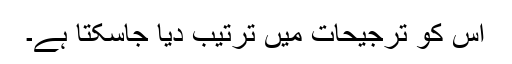
اس کو ترجیحات میں ترتیب دیا جاسکتا ہے۔